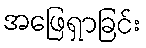
အဖြေရှာခြင်း